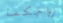
زواجكما